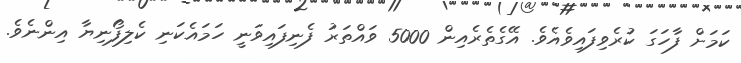
ކަމަށް ފާހަގަ ކުރެވިފައިވެއެވެ. އޭގެތެރެއިން 5000 ވައްތަރު ފެނިފައިވަނީ ހަމައެކަނި ކެލިފޯނިޔާ އިންނެވެ.